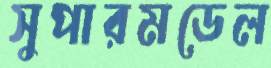
সুপারমডেল